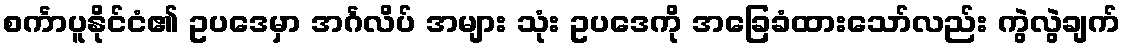
စင်္ကာပူနိုင်ငံ၏ ဥပဒေမှာ အင်္ဂလိပ် အများ သုံး ဥပဒေကို အခြေခံထားသော်လည်း ကွဲလွဲချက်